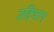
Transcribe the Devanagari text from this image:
उद्दियान